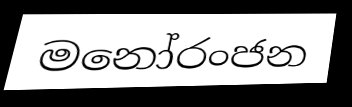
මනෝරංජන